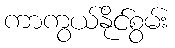
ကာကွယ်နိုင်စွမ်း